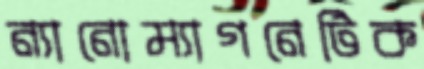
ন্যানোম্যাগনেটিক